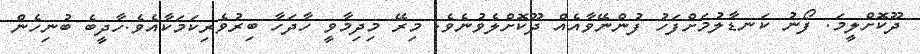
ދޫކޮށްލީމަ. ފޯނު ކަނޑާލުމަށްފަހު ފުންނޭވާއެއް ދޫކޮށްލެވުނެވެ. މިރޭ މިދިމާވީ ހާދަހާ ބިރުވެރިކަމަކާއެވެ.ހާދީބެ ބުނިހެން